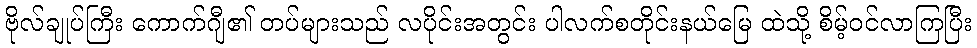
ဗိုလ်ချုပ်ကြီး ကောက်ဂျီ၏ တပ်များသည် လပိုင်းအတွင်း ပါလက်စတိုင်းနယ်မြေ ထဲသို့ စိမ့်ဝင်လာကြပြီး